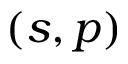
( s , p )